Vaccination United Provinces of Agra and Oudh 1914-1922 - 1914-1922
Year: 1914
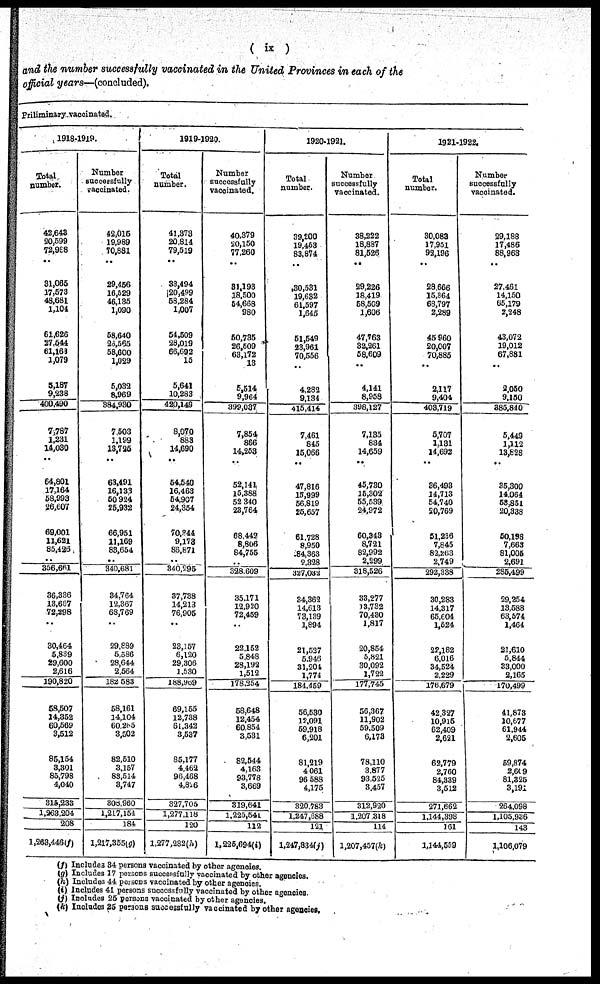
( ix )
and the number successfully vaccinated in the United Provinces in each of the
official years—(concluded).
Priliminary vaccinated.
1918-1919.
Total
number.
42,643
20,599
72,988
..
31,065
17,573
48,681
1,104
61,626
27,544
61,163
1,079
5,187
9,238
400,490
7,787
1,231
14,030
..
64,801
17,164
58,993
26,607
69,001
11,621
85,426
..
356,661
36,336
13,667
72,298
..
30,464
5,839
29,600
2,616
190,820
58,507
14,352
60,569
3,512
85,154
3,301
85,798
4,040
315,233
1,263,204
208
1,263,446(f)
Number
successfully
vaccinated.
42,015
19,989
70,881
..
29,456
16,529
46,135
1,090
58,640
26,565
58,600
1,029
5,032
8,969
384,930
7,503
1,199
13,725
..
63,491
16,133
50,924
25,932
66,951
11,169
83,654
..
340,681
34,764
12,367
68,769
..
29,889
5,586
28,644
2,564
182,583
58,161
14,104
60,265
3,502
82,510
3,157
83,514
3,747
308,960
1,217,154
184
1,217,355(g)
1919-1920.
Total
number.
41,373
20,814
79,519
..
33,494
20,499
58,284
1,007
54,509
28,019
66,692
15
5,641
10,283
420,149
8,070
883
14,690
..
54,540
16,463
54,907
24,354
70,344
9,173
86,871
..
340,296
37,738
14,213
76,905
..
23,167
6,120
29,306
1,530
188,909
69,155
12,738
61,342
3,537
85,177
4,462
96,468
4,826
327,705
1,277,118
120
1,277,282(h)
Number
successfully
vaccinated.
40,379
20,150
77,260
..
31,193
18,500
54,668
980
50,735
26,509
63,172
13
5,514
9,964
399,037
7,854
866
14,253
..
52,141
15,388
52,340
23,764
68,442
8,806
84,755
..
328,609
35,171
12,920
72,459
..
22,152
5,848
28,192
1,512
178,354
58,648
12,454
60,854
3,531
82,544
4,163
93,778
3,669
319,641
1,225,541
112
1,225,694(i)
1920-1921.
Total
number.
39,200
19,453
83,874
..
30,531
19,632
61,597
1,645
51,549
23,961
70,556
4,282
9,134
415,414
7,461
845
15,066
..
15,999
56,819
25,657
61,728
8,950
84,363
2,328
327,032
34,362
14,613
73,139
1,894
21,527
5,946
31,204
1,774
184,459
56,530
12,091
59,918
6,201
81,219
4,061
96,588
4,175
320,783
1,247,688
121
1,247,834(j)
Number
successfully
vaccinated.
38,222
18,887
81,526
..
29,226
18,419
58,509
1,606
47,763
32,261
58,609
..
4,141
8,958
398,127
7,135
834
14,659
..
45,730
15,302
55,539
24,972
60,343
8,721
82,992
2,299
318,526
33,277
13,732
70,430
1,817
20,854
5,821
30,092
1,722
177,745
56,367
11,902
59,509
6,178
78,110
3,877
93,525
3,457
312,920
1,207,318
114
1,207,457(k)
1921-1922.
Total
number.
30,083
17,951
92,196
..
28,666
15,864
68,797
2,289
45,960
20,007
70,885
2,117
9,404
403,719
5,707
1,131
14,692
..
36,493
14,713
54,740
20,769
51,236
7,845
82,263
2,749
292,338
30,283
14,317
65,604
1,524
22,182
6,016
34,524
2,229
176,679
42,327
10,915
62,409
2,621
62,779
2,760
84,339
3,512
271,662
1,144,398
161
1,144,559
Number
successfully
vaccinated.
29,188
17,486
88,963
..
27,461
14,150
65,179
2,248
43,072
19,012
67,881
..
2,050
9,150
385,840
5,449
1,112
13,828
..
35,300
14,064
53,851
20,338
50,198
7,663
81,005
2,691
285,499
29,254
13,588
63,574
1,464
21,610
5,844
33,000
2,165
170,499
41,873
10,677
61,944
2,605
59,874
2,609
81,325
3,191
264,098
1,105,936
143
1,106,079
(f) Includes 34 persons vaccinated by other agencies.
(g) Includes 17 persons successfully vaccinated by other agencies.
(h) Includes 44 persons vaccinated by other agencies.
(i) Includes 41 persons successfully vaccinated by other agencies.
(j) Includes 25 persons vaccinated by other agencies.
(k) Includes 25 persons successfully vaccinated by other agencies.